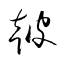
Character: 皷